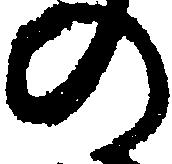
の